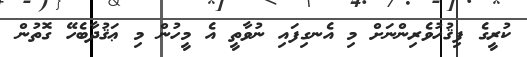
ކުރީގެ ފިޤުހުވެރިންނަށް މި އެނގިފައި ނުވާތީ އެ މީހުން މި ޢަޤުދާބެހޭ ގޮތުން